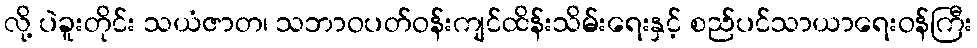
လို့ ပဲခူးတိုင်း သယံဇာတ၊ သဘာဝပတ်ဝန်းကျင်ထိန်းသိမ်းရေးနှင့် စည်ပင်သာယာရေးဝန်ကြီး